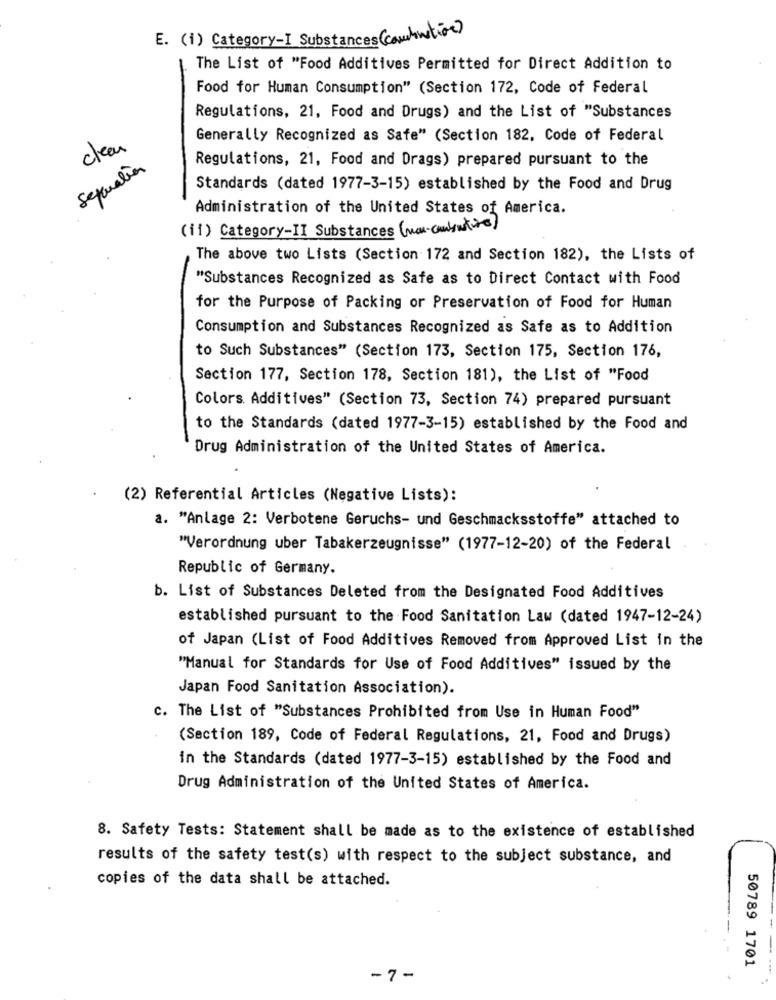
E. (i) Category-I Substances(combination)
The List of "Food Additives Permitted for Direct Addition to
Food for Human Consumption" (Section 172, Code of Federal
Regulations, 21, Food and Drugs) and the List of "Substances
Generally Recognized as Safe" (Section 182, Code of Federal
clean
Regulations, 21, Food and Drags) prepared pursuant to the
Separation
Standards (dated 1977-3-15) established by the Food and Drug
Administration of the United States of America.
(ii) Category-II Substances (max-conbustins)
The above two Lists (Section 172 and Section 182), the Lists of
"Substances Recognized as Safe as to Direct Contact with Food
for the Purpose of Packing or Preservation of Food for Human
Consumption and Substances Recognized as Safe as to Addition
to Such Substances" (Section 173, Section 175, Section 176,
Section 177, Section 178, Section 181), the List of "Food
Colors. Additives" (Section 73, Section 74) prepared pursuant
to the Standards (dated 1977-3-15) established by the Food and
Drug Administration of the United States of America.
(2) Referential Articles (Negative Lists):
a. "Anlage 2: Verbotene Geruchs- und Geschmacksstoffe" attached to
"Verordnung uber Tabakerzeugnisse" (1977-12-20) of the Federal
Republic of Germany.
b. List of Substances Deleted from the Designated Food Additives
established pursuant to the Food Sanitation Law (dated 1947-12-24)
of Japan (List of Food Additives Removed from Approved List in the
"Manual for Standards for Use of Food Additives" issued by the
Japan Food Sanitation Association).
c. The List of "Substances Prohibited from Use in Human Food"
(Section 189, Code of Federal Regulations, 21, Food and Drugs)
in the Standards (dated 1977-3-15) established by the Food and
Drug Administration of the United States of America.
8. Safety Tests: Statement shall be made as to the existence of established
results of the safety test(s) with respect to the subject substance, and
copies of the data shall be attached.
--
50789 1701
-7-
----.